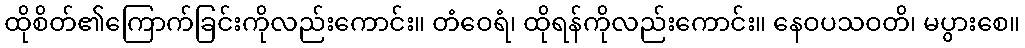
ထိုစိတ်၏ကြောက်ခြင်းကိုလည်းကောင်း။ တံဝေရံ၊ ထိုရန်ကိုလည်းကောင်း။ နေဝပသဝတိ၊ မပွားစေ။